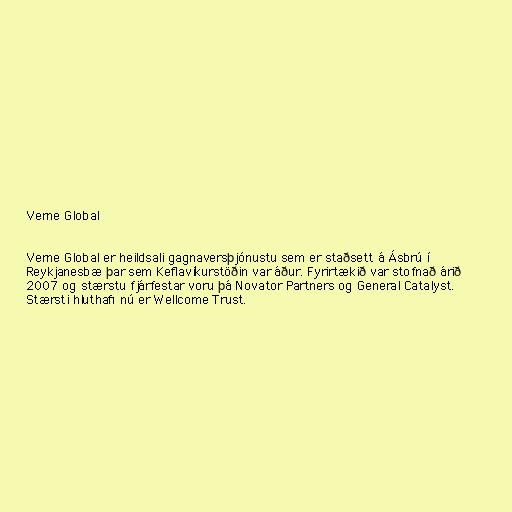
Verne Global

Verne Global er heildsali gagnaversþjónustu sem er staðsett á Ásbrú í
Reykjanesbæ þar sem Keflavíkurstöðin var áður. Fyrirtækið var stofnað árið
2007 og stærstu fjárfestar voru þá Novator Partners og General Catalyst.
Stærsti hluthafi nú er Wellcome Trust.